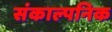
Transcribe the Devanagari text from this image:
संकाल्पनिक